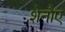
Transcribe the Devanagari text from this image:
शेनौए